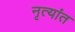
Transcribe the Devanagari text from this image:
नृत्यांत